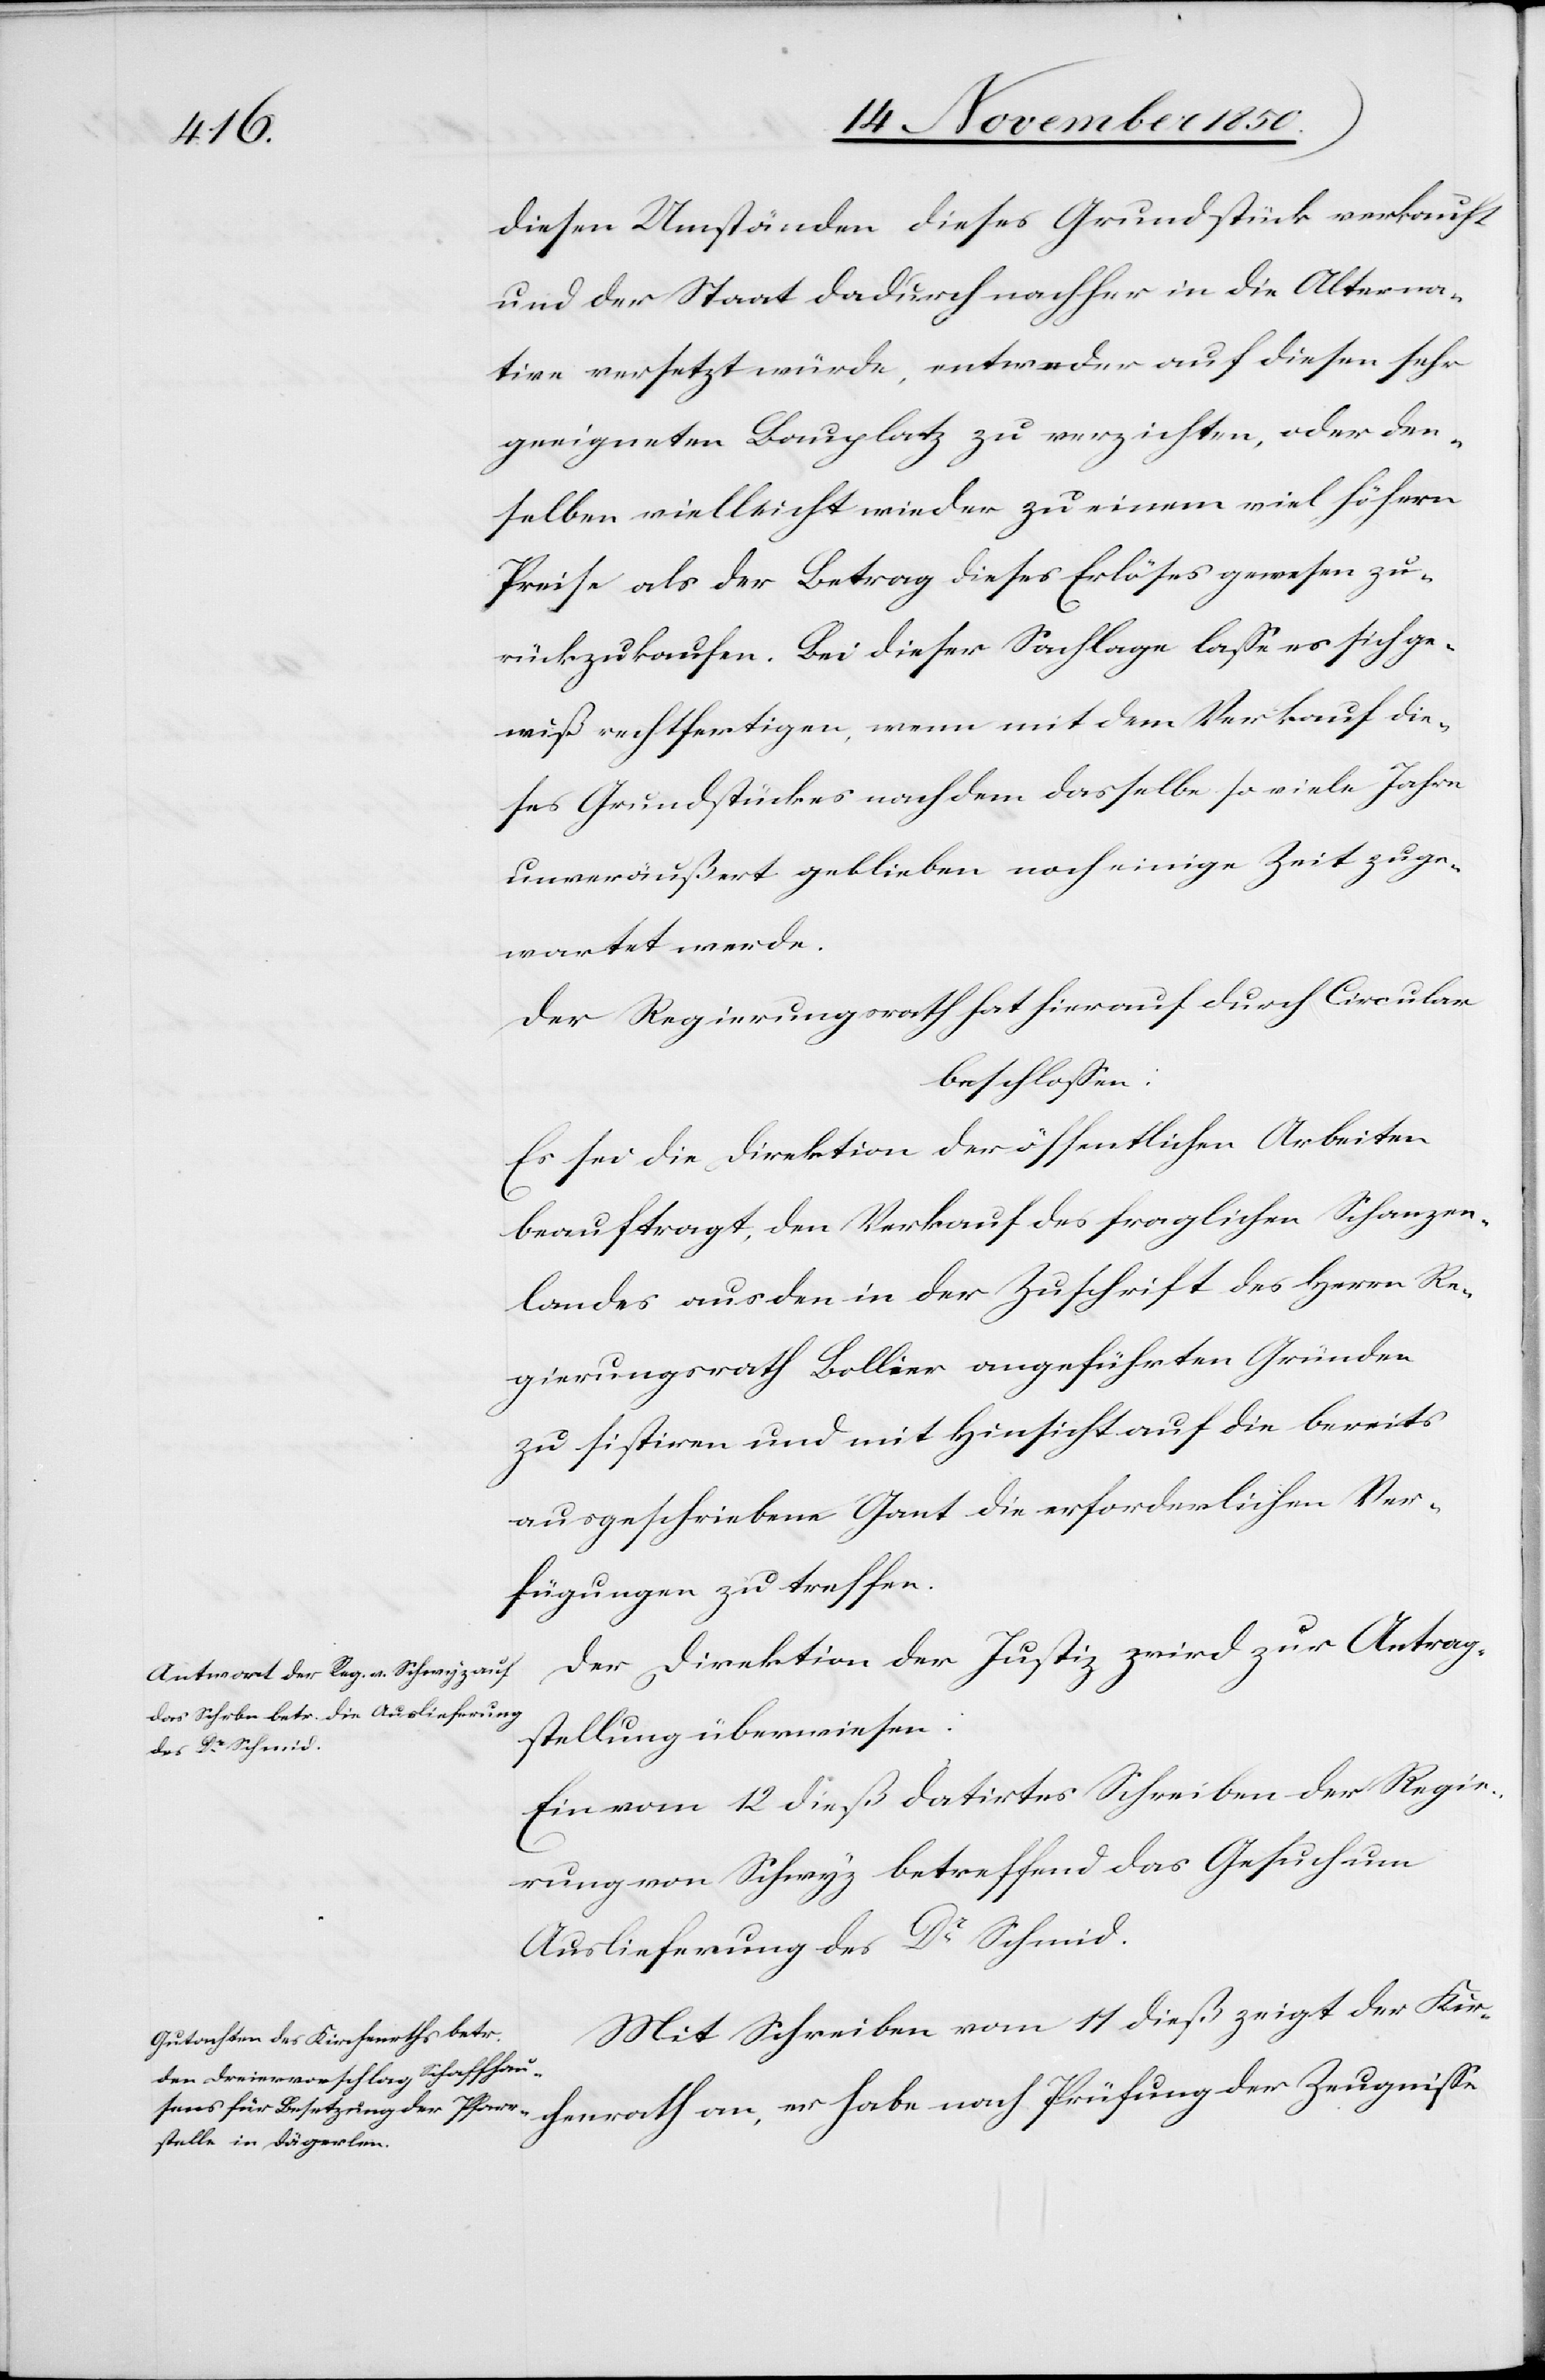
16 November 1850.]
diesen Umständen dieses Grundstück verkauft
und der Staat dadurch nachher in die Alterna¬
tive versetzt würde, entweder auf diesen sehr
geeigneten Bauplatz zu verzichten, oder den¬
selben vielleicht wieder zu einem viel höhern
Preise als der Betrag dieses Erlöses gewesen zu¬
rückzukaufen. Bei dieser Sachlage lasse es sich ge¬
wiß rechtfertigen, wenn mit dem Verkauf die¬
ses Grundstückes nachdem dasselbe so viele Jahre
unveräußert geblieben noch einige Zeit zuge¬
wartet werde.
Der Regierungsrath hat hierauf durch Circular
beschlossen:
Es sei die Direktion der öffentlichen Arbeiten
beauftragt, den Verkauf des fraglichen Schanzen¬
landes aus den in der Zuschrift des Herrn Re¬
gierungsrath Bollier angeführten Gründen
zu sistiren und mit Hinsicht auf die bereits
ausgeschriebene Gant die erforderlichen Ver¬
fügungen zu treffen.
Der Direktion der Justiz wird zur Antrag¬
stellung überwiesen:
Ein vom 12 dieß datirtes Schreiben der Regie¬
rung von Schwyz betreffend das Gesuch um
Auslieferung des Dr Schmid.
Mit Schreiben vom 11 dieß zeigt der Kir¬
chenrath an, er habe nach Prüfung der Zeugnisse